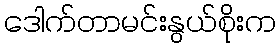
ဒေါက်တာမင်းနွယ်စိုးက